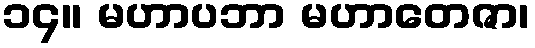
၁၄။ မဟာပဘာ မဟာတေဇာ၊